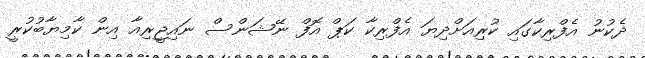
ދެކުނު އެފްރިކާގައި ކުރިއަށްދިޔަ އެފްރިކާ ކަޕް އޮފް ނޭޝަންސް ނައިޖީރިއާ އިން ކާމިޔާބުކުރީ